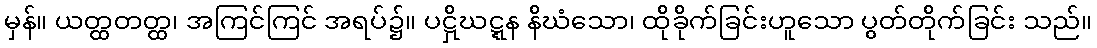
မှန်။ ယတ္ထတတ္ထ၊ အကြင်ကြင် အရပ်၌။ ပဋှိဃဋ္ဋန နိဃံသော၊ ထိုခိုက်ခြင်းဟူသော ပွတ်တိုက်ခြင်း သည်။